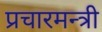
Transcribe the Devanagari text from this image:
प्रचारमन्त्री